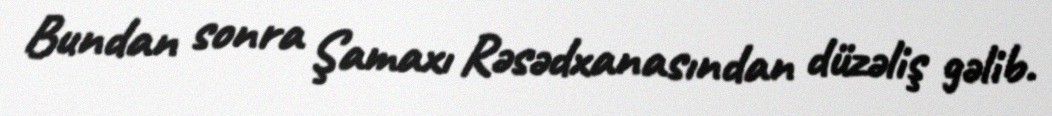
Bundan sonra Şamaxı Rəsədxanasından düzəliş gəlib.